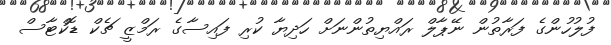
ފުލުހުންގެ ފަރާތުން ނޭޕާލް ރައްޔިތުންނަށް ހަދިޔާ ކުރި ފައިސާގެ ރަމްޒީ ޗެކް ޑޮކްޓާސް